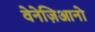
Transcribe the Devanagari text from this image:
वेनेज़िआनो